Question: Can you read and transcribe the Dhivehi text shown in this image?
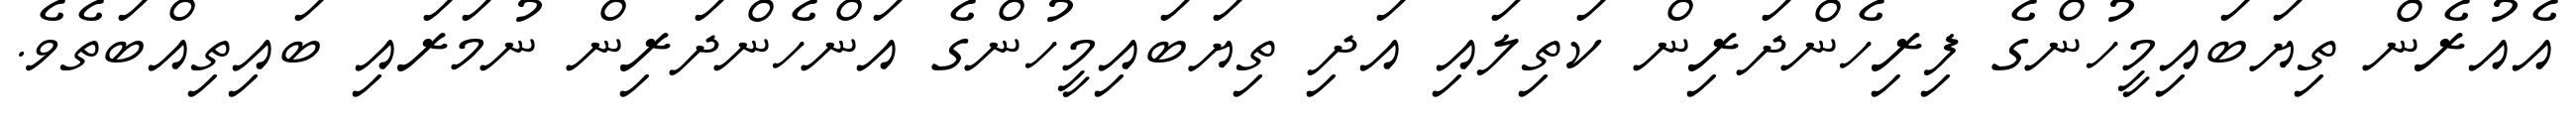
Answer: އެއުރެން ތިޔަބައިމީހުންގެ ފިރިހެންދަރިން ކަތިލައި އަދި ތިޔަބައިމީހުންގެ އަންހެންދަރިން ނުމަރައި ބައިތިއްބަތެވެ.